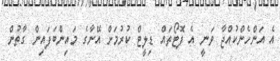
އެ އަންހެންކުއްޖާ ވަނީ އެ ފޮޓޯތައް ޑިލީޓް ކުރުމަށް އޭނާގެ މައިންބަފައިން ގާތުން